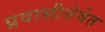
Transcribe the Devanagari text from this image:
प्रवासीसेवेत